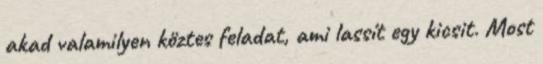
akad valamilyen köztes feladat, ami lassít egy kicsit. Most